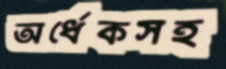
অর্ধেকসহ